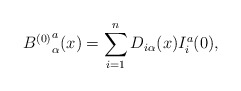
\begin{align*}{B^{(0)}}_{\alpha}^{a}(x) = \sum_{i=1}^{n} D_{i\alpha}(x)I_{i}^{a}(0), \end{align*}